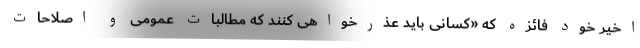
اخیر خود فائزه که «کسانی باید عذرخواهی کنند که مطالبات عمومی و اصلاحات